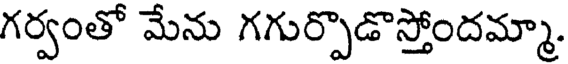
గర్వంతో మేను గగుర్పొడొస్తోందమ్మా.